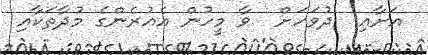
އަށާއި  ދުވަހަށް  ވާ މީހުން އެއުރެންގެ މުދާތަކާއި